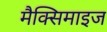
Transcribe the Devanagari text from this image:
मैक्सिमाइज